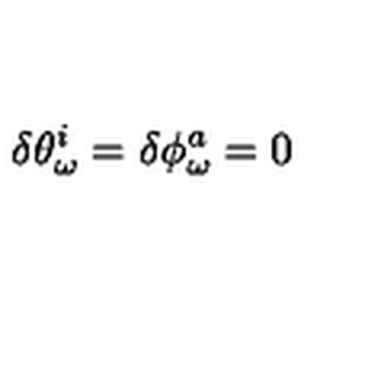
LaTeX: \delta \theta _ { \omega } ^ { i } = \delta \phi _ { \omega } ^ { a } = 0